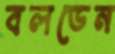
বলডেন